Annual report of the Madras Medical College
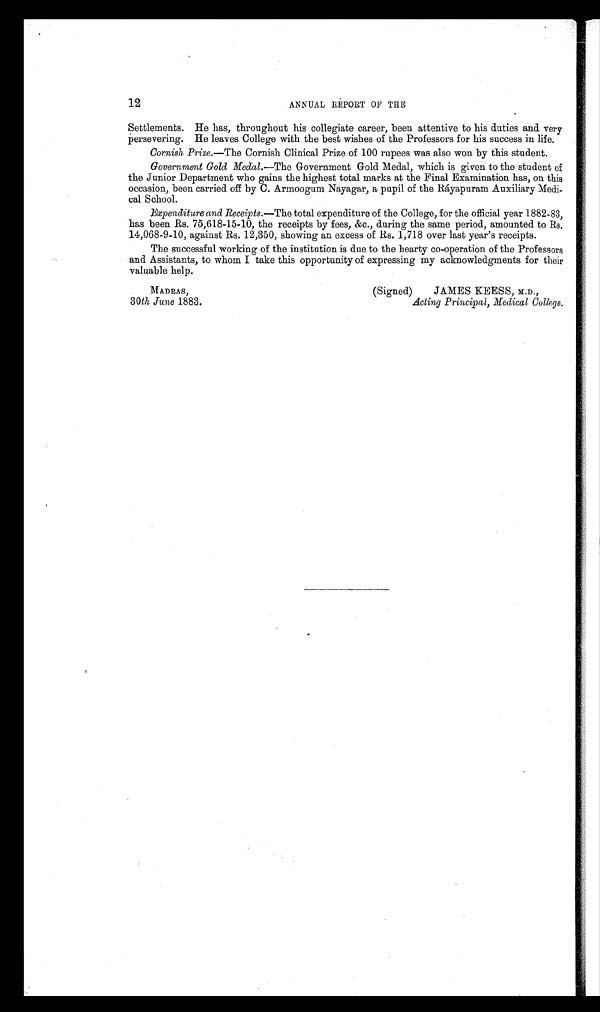
12
ANNUAL REPORT OF THE
Settlements. He has, throughout his collegiate career, been attentive to his duties and very
persevering. He leaves College with the best wishes of the Professors for his success in life.
Cornish. Prize.—The Cornish Clinical Prize of 100 rupees was also won by this student.
Government Gold Medal.—The Government Gold Medal, which is given to the student of
the Junior Department who gains the highest total marks at the Final Examination has, on this
occasion, been carried off by C. Armoogum Nayagar, a pupil of the Ráyapuram Auxiliary Medi-
cal School.
Expenditure and Receipts.—The total expenditure of the College, for the official year 1882-83,
has been Rs. 75,618-15-10, the receipts by fees, &c. during the same period, amounted to Rs.
14,068-9-10, against Rs. 12,350, showing an excess of Rs. 1,718 over last year's receipts.
The successful working of the institution is due to the hearty co-operation of the Professors
and Assistants, to whom I take this opportunity of expressing my acknowledgments for their
valuable help.
MADRAS,
(Signed)
JAMES KEESS, M.D.,
30th June 1883.
Acting Principal, Medical College.